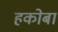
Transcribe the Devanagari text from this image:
हकोबा